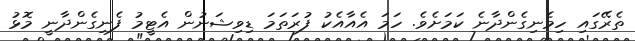
ތެރޭގައި ހިމެނިގެންދާނެ ކަމަށެވެ. ހަމަ އެއާއެކު ފުރަތަމަ ޑިވިޝަނުން އެޓީމު ފެނިގެންދާނީ މޮޅު